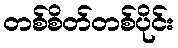
တစ်စိတ်တစ်ပိုင်း